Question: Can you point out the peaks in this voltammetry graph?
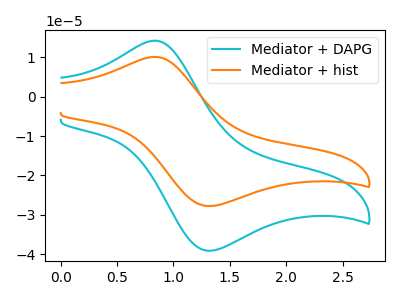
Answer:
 <answer>The cyan curve "Mediator + DAPG" has an anodic peak at (0.85V, 14.15uA) and a cathodic peak at (1.35V, -39.05uA). The orange curve "Mediator + hist" has an anodic peak at (0.85V, 10.05uA) and a cathodic peak at (1.35V, -27.75uA).</answer>
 <eval></eval>